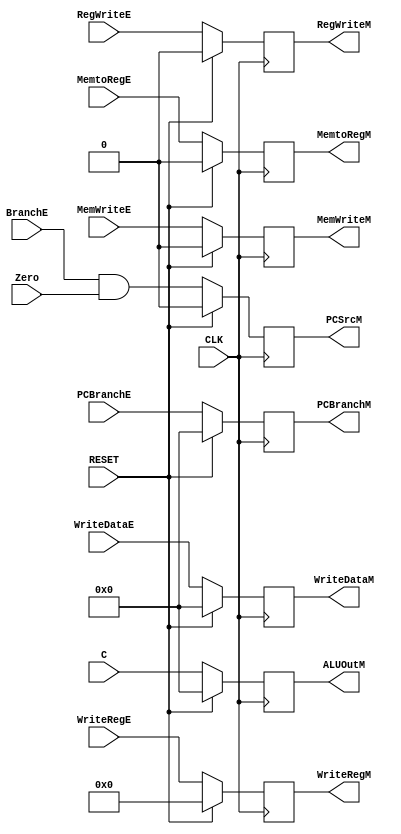
`timescale 100fs/100fs

module EX_MEM(CLK, RegWriteE, MemtoRegE, MemWriteE, BranchE, RegWriteM, MemtoRegM, MemWriteM, PCSrcM, Zero, C, ALUOutM, WriteDataE, WriteDataM, WriteRegE, WriteRegM, PCBranchE,PCBranchM,RESET);

input CLK,RESET;
input [4:0] WriteRegE;
input [31:0] PCBranchE,WriteDataE;
input signed[31:0] C;
input RegWriteE, MemtoRegE, MemWriteE, BranchE, Zero;
output reg RegWriteM, MemtoRegM, MemWriteM, PCSrcM;
output reg[31:0] ALUOutM;
output reg[4:0] WriteRegM;
output reg[31:0] PCBranchM,WriteDataM;

initial begin
    RegWriteM<=0;
    MemtoRegM<=0;
    MemWriteM<=0;
    PCSrcM<=0;
    ALUOutM<=0;
    WriteDataM <= 0;
    WriteRegM <= 0;
    PCBranchM <= 0;
end

always @(posedge CLK) begin
if (RESET == 1) begin
    RegWriteM<=0;
    MemtoRegM<=0;
    MemWriteM<=0;
    PCSrcM<=0;
    ALUOutM<=0;
    WriteDataM <= 0;
    WriteRegM <= 0;
    PCBranchM <= 0;
end
else begin
    RegWriteM <= RegWriteE;
    MemtoRegM <= MemtoRegE;
    MemWriteM <= MemWriteE;
    PCSrcM <= BranchE & Zero;
    ALUOutM <= $unsigned(C);
    WriteDataM <= WriteDataE;
    WriteRegM <= WriteRegE;
    PCBranchM <= PCBranchE;
end
end

endmodule